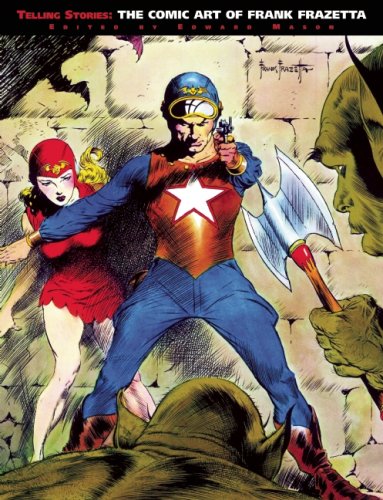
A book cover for Telling Stories: The Classic Comic Art of Frank Frazetta; Frank Frazetta; Comics & Graphic Novels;